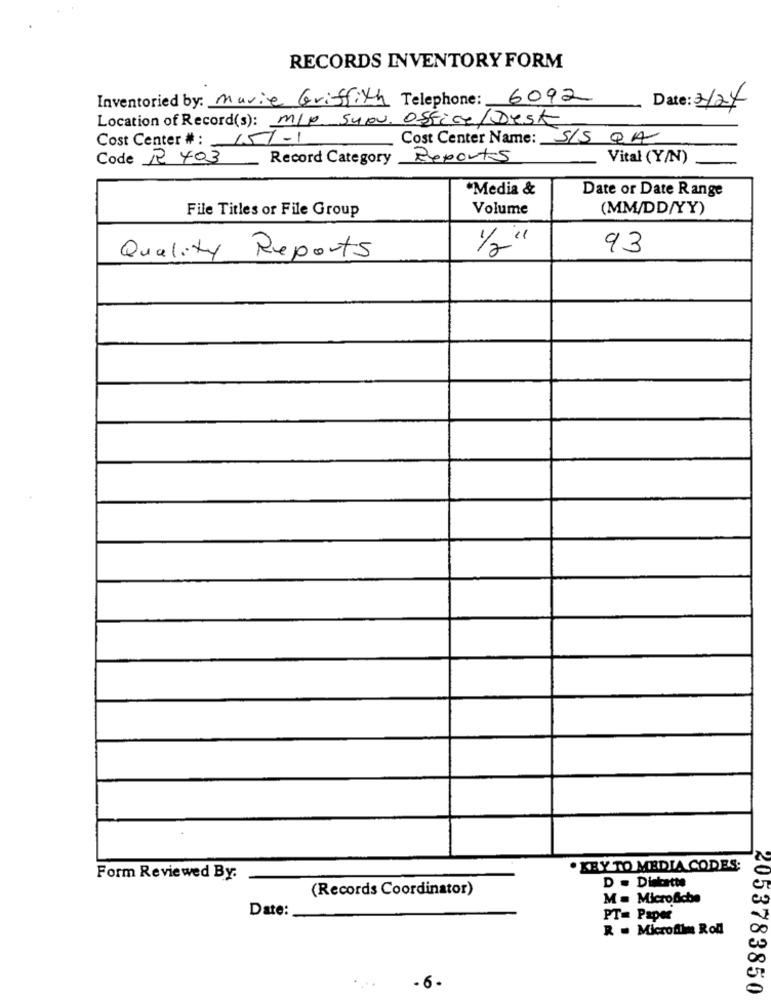
RECORDS INVENTORY FORM
Inventoried by: Marie Griffith Telephone: 6092
Date: 2/24
Location of Record(s): m/P. Syou. Office/Desk
Cost Center #: 15/-1
Cost Center Name: S/S QA
Code R 403
Record Category Reports
Vital (Y/N)
"Media &
Date or Date Range
File Titles or File Group
Volume
(MM/DD/YY)
1/2"
93
Quality Reports
. KEY TO MEDIA CODES:
Form Reviewed By:
(Records Coordinator)
D . Dinkatte
M = Microfche
Date:
PT= Paper
R . Microfilm Roll
-6-
2053783850